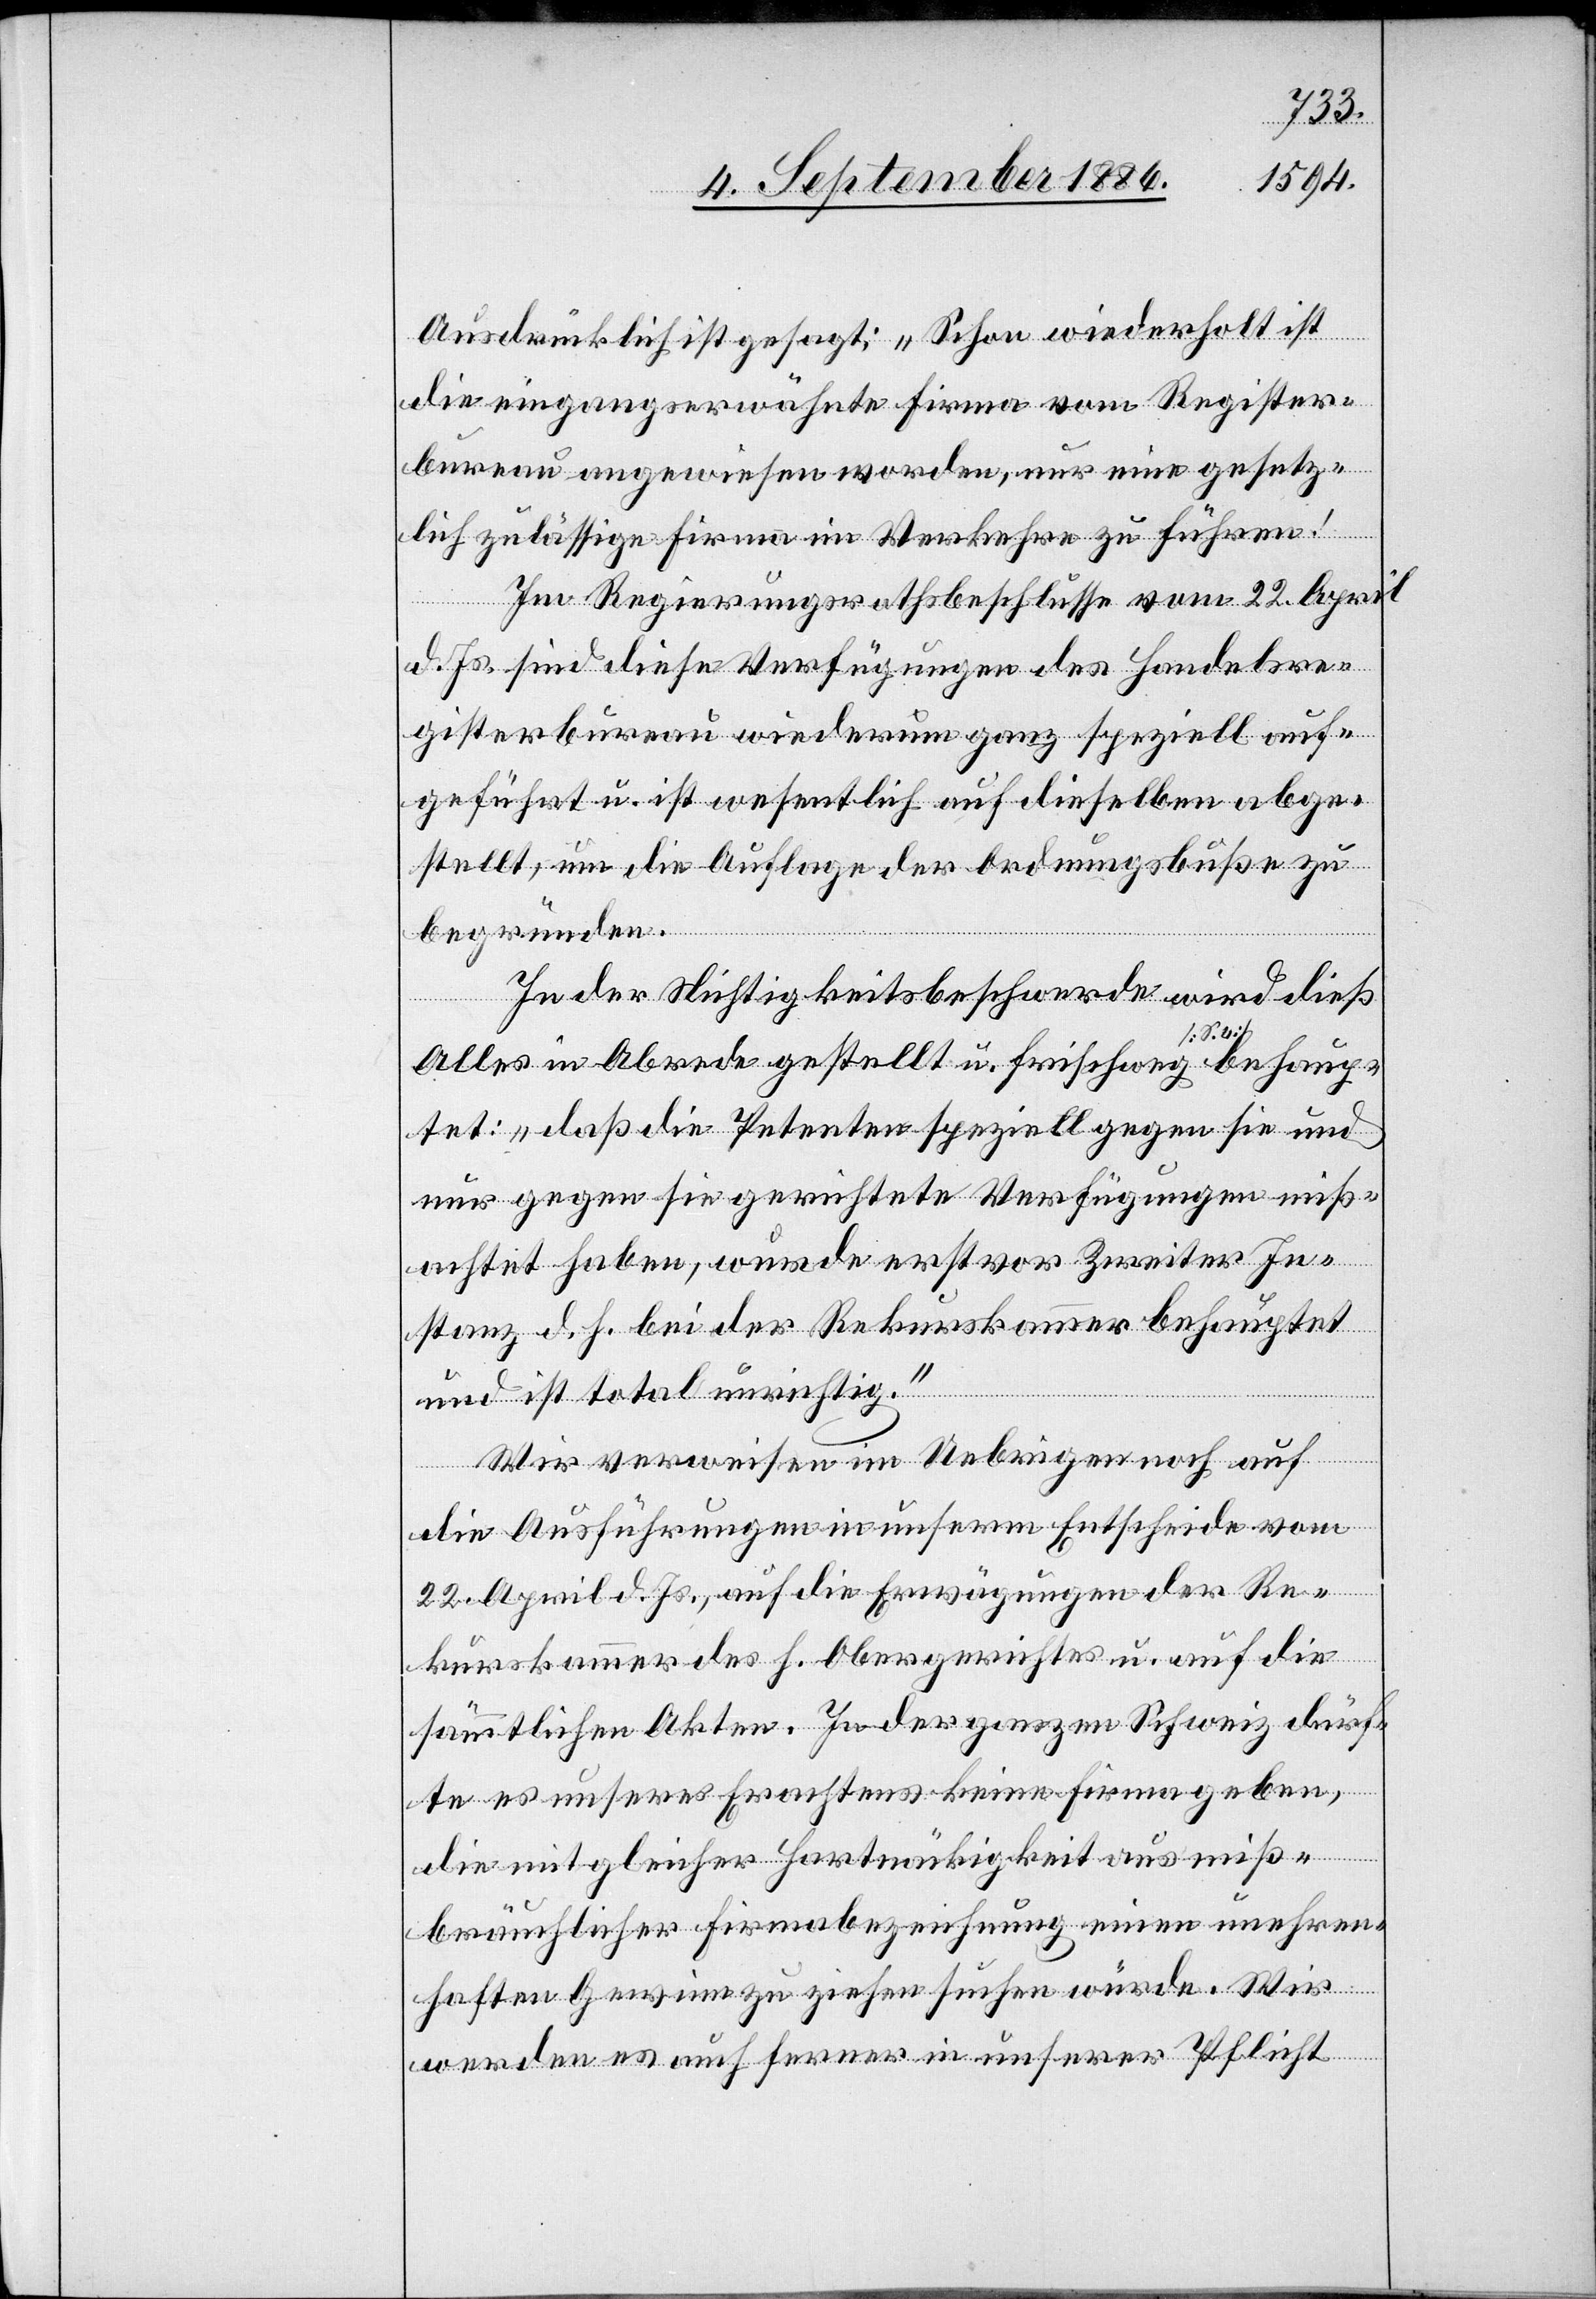
Ausdrücklich ist gesagt: „Schon wiederholt ist
die eingangserwähnte Firma vom Register¬
bureau angewiesen worden, nur eine gesetz¬
lich zulässige Firma im Verkehre zu führen!
Im Regierungsrathsbeschlusse vom 22. April
d. Js. sind diese Verfügungen des Handelsre¬
gisterbureau wiederum ganz speziell auf¬
geführt u. ist wesentlich auf dieselben abge¬
stellt, um die Auflage der Ordnungsbuße zu
begründen.
In der Nichtigkeitsbeschwerde wird dieß
Alles in Abrede gestellt u. frischweg behaup¬
tet: „daß die Petenten speziell gegen sie und
nur gegen sie gerichtete Verfügungen miß¬
achtet haben, wurde erst vor Zweiter In¬
stanz d. h. bei der Rekurskammer behauptet
und ist total unrichtig.“
Wir verweisen im Uebrigen noch auf
die Ausführungen in unserm Entscheide vom
22. April d. Js., auf die Erwägungen der Re¬
kurskammer des h. Obergerichtes u. auf die
sämmtlichen Akten. In der ganzen Schweiz dürf¬
te es unseres Erachtens keine Firma geben,
die mit gleicher Hartnäckigkeit aus miß¬
bräuchlicher Firmabezeichnung einen unehren¬
haften Gewinn zu ziehen suchen würde. Wir
werden es auch ferner in unserer Pflicht